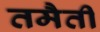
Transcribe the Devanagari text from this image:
तमैती